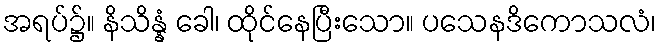
အရပ်၌။ နိသိန္နံ ခေါ၊ ထိုင်နေပြီးသော။ ပသေနဒိကောသလံ၊